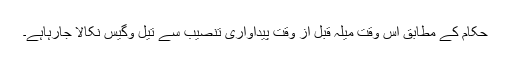
حکام کے مطابق اس وقت میلہ قبل از وقت پیداواری تنصیب سے تیل وگیس نکالا جارہاہے۔